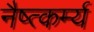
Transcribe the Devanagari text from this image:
नैष्त्कर्म्य